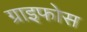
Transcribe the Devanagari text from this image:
ग्राइफोस